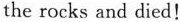
the rocks and died!